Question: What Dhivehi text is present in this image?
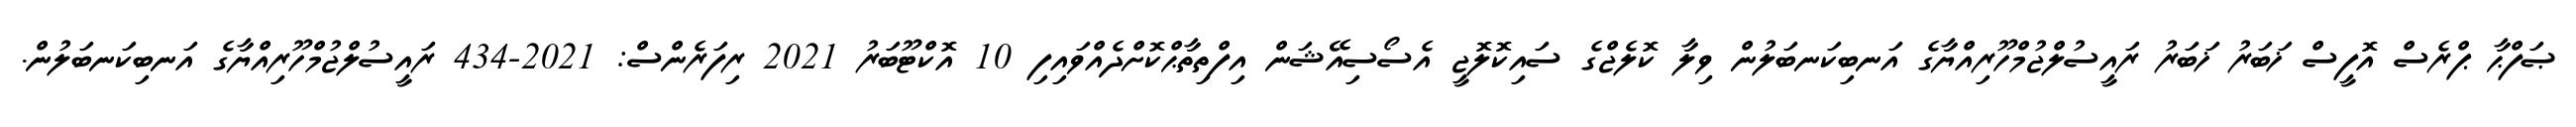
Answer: ޞަފްޙާ ޕްރެސް އޮފީސް ޚަބަރު ޚަބަރު ރައީސުލްޖުމްހޫރިއްޔާގެ އަނބިކަނބަލުން ވިލާ ކޮލެޖްގެ ސައިކޮލޮޖީ އެސޯސިއޭޝަން އިފްތިތާޙްކޮށްދެއްވައިފި 10 އޮކްޓޫބަރު 2021 ރިފަރެންސް: 2021-434 ރައީސުލްޖުމްހޫރިއްޔާގެ އަނބިކަނބަލުން.